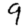
Digit: 9